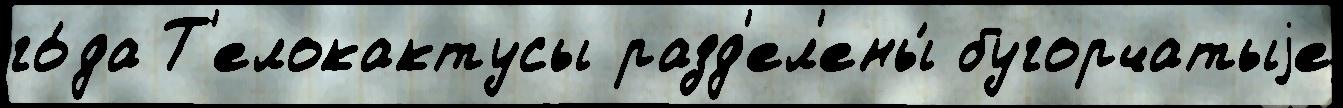
го́да Т'елокактусы разд'ел'ены́ бугорчатыjе